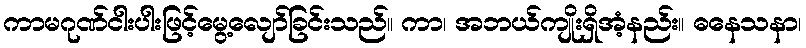
ကာမဂုဏ်ငါးပါးဖြင့်မွေ့လျော်ခြင်းသည်။ ကာ၊ အဘယ်ကျိုးရှိအံ့နည်း။ ဓနေသနာ၊